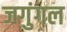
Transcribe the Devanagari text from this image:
जगुंगल